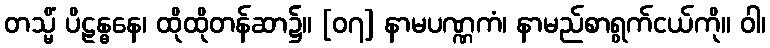
တသ္မိံ ပိဠန္ဓနေ၊ ထိုထိုတန်ဆာ၌။ [၀၇] နာမပဏ္ဏကံ၊ နာမည်စာရွက်ငယ်ကို။ ဝါ၊